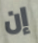
إن